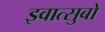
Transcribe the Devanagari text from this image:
इवात्सुबो